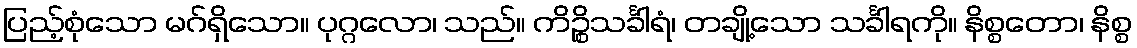
ပြည့်စုံသော မဂ်ရှိသော။ ပုဂ္ဂလော၊ သည်။ ကိဉ္စိသင်္ခါရံ၊ တချို့သော သင်္ခါရကို။ နိစ္စတော၊ နိစ္စ